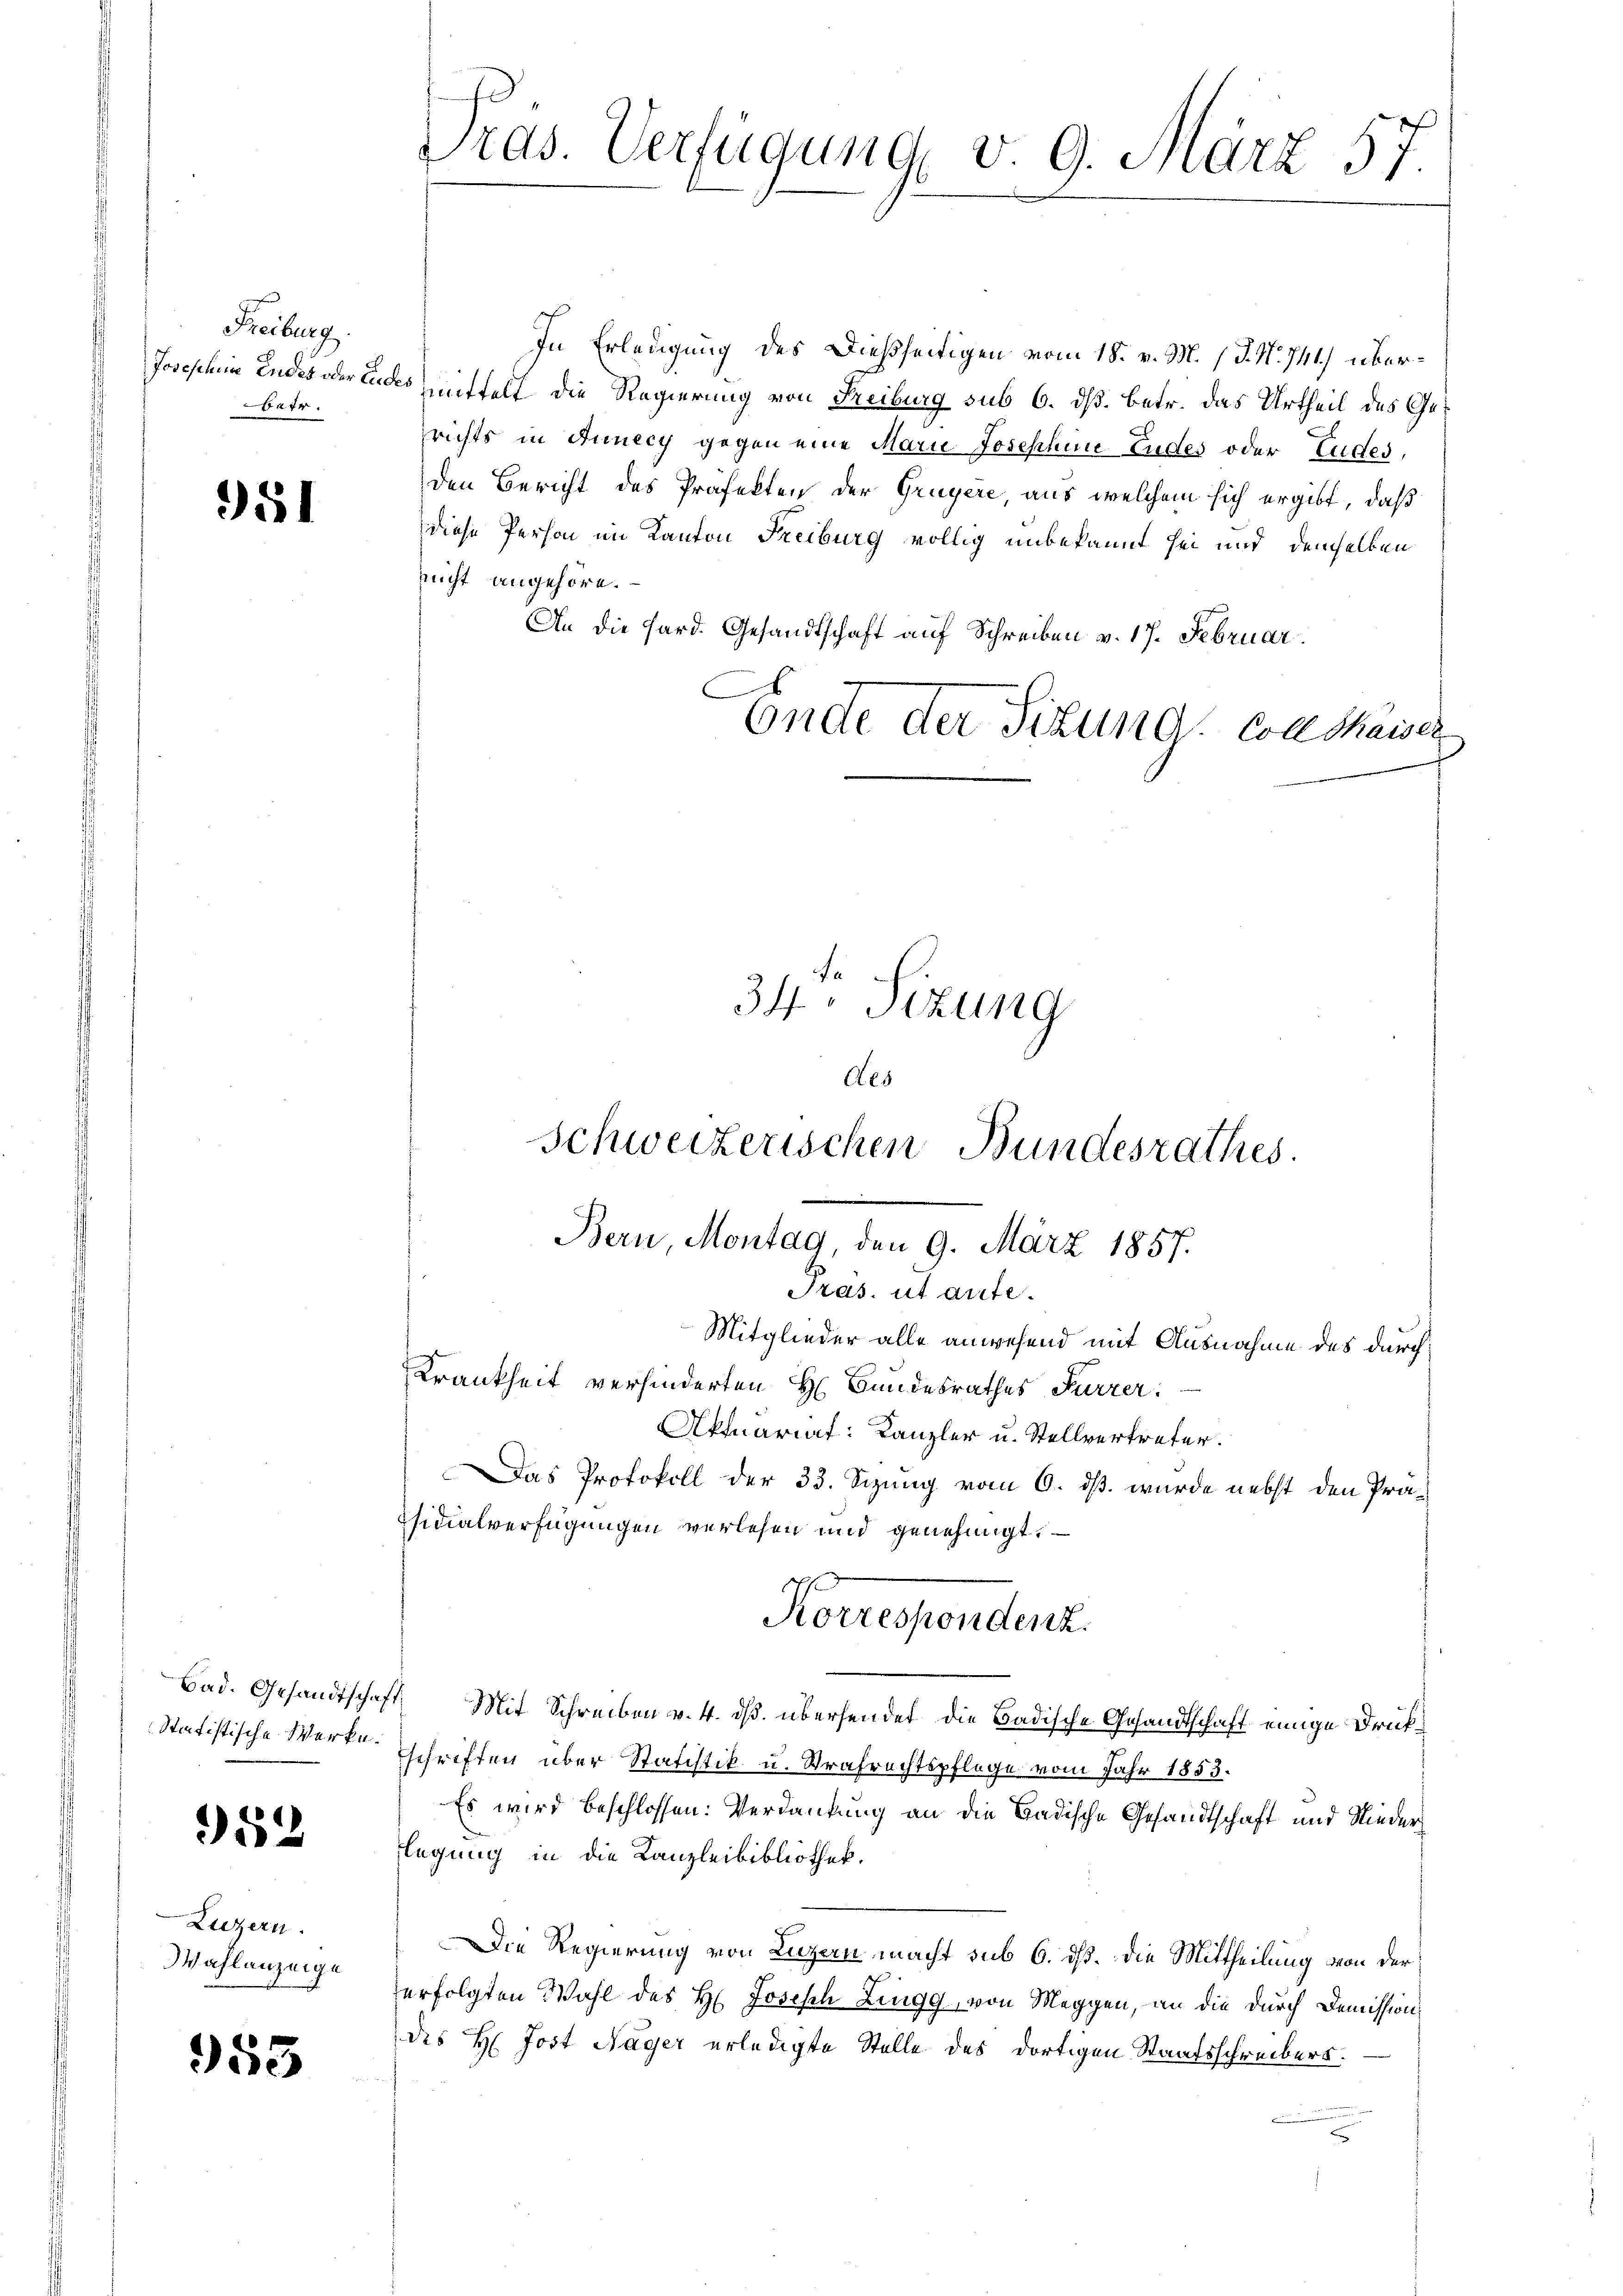
Freiburg.
betr.

981

Bad. Gesandtschaf

52

Luzern.
Wahlanzeige

385

Pras. Verfügung v. 9. März 57.

In Erledigung des Dießseitigen vom 18. v. M. J. N. 741.) über¬
Josephia Endes oder Ludes mittelt die Regierung von Freiburg sub 6. dß. betr. das Urtheil des Gerichts in Aunecy gegen eine Marie Josephine-Eudes oder Eudes,
den Bericht des Präfekten der Gruyère, aus welchem sich ergibt, daß
diese Person im Kanton Freiburg völlig unbekannt sei und demselben
nicht angehöre.
An die Hard. Gesandtschaft auf Schreiben v. 17. Februar.
E
Ende der Situng Conskaiser

34. Sizung
Aes

Schweizerischen Bundesrathes.
Bern, Montag, den 9. März 1857.
Präs. ut aufe.
Mitglieder alle anwesend mit Ausnahme des durch¬
Krankheit verhinderten H Bundesrathes Furrer.
Aktuariat: Kanzler u. Stellvertreter.
Das Protokoll der 33. Sizung vom 6. dß. wurde nebst den Präsidialverfügungen verlesen und genehmigt.
Korrespendenz.

ft. Mit Schreiben v. 4. ds. übersendet die Badische Gesandtschaft einige Druk¬
Statistische Werte. Schriften über Statistik u. Strafrechtspflege vom Jahr 1853.
Es wird beschlossen: Verdankung an die Badische Gesandtschaft und Niederlegung in die Kanzleibibliothek.
Die Regierung von Luzern macht sub 6. dß. Die Mittheilung von der
erfolgten Wahl des H. Joseph Zingg, von Meggen, an die durch Demission
des H: Jost Nager erledigte Stelle des dortigen Staatsschreibers.